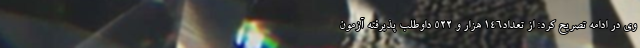
وی در ادامه تصریح کرد: از تعداد۱۴۶ هزار و ۵۲۲ داوطلب پذیرفته آزمون